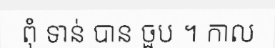
ពុំ ទាន់ បាន ចួប ។ កាល